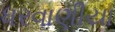
ધરવાણીયા